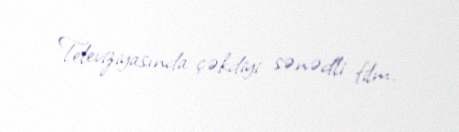
Televiziyasında çəkdiyi sənədli film.